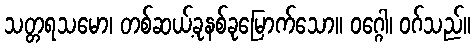
သတ္တရသမော၊ တစ်ဆယ့်ခုနစ်ခုမြောက်သော။ ဝဂ္ဂေါ၊ ဝဂ်သည်။